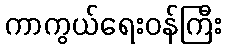
ကာကွယ်ရေးဝန်ကြီး